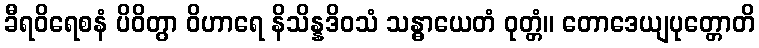
ခီရဝိရေစနံ ပိဝိတွာ ဝိဟာရေ နိသိန္နဒိဝသံ သန္ဓာယေတံ ဝုတ္တံ။ တောဒေယျပုတ္တောတိ